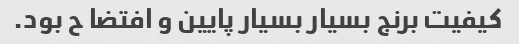
کیفیت برنج بسیار بسیار پایین و افتضا ح بود.